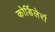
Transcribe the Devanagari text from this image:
कोर्डिलेर्रा